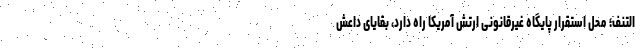
التنف؛ محل استقرار پایگاه غیرقانونی ارتش آمریکا راه دارد، بقایای داعش